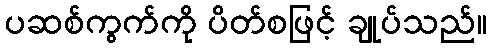
ပဆစ်ကွက်ကို ပိတ်စဖြင့် ချုပ်သည်။